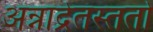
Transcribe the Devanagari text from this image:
अन्नाद्रेतस्ततो